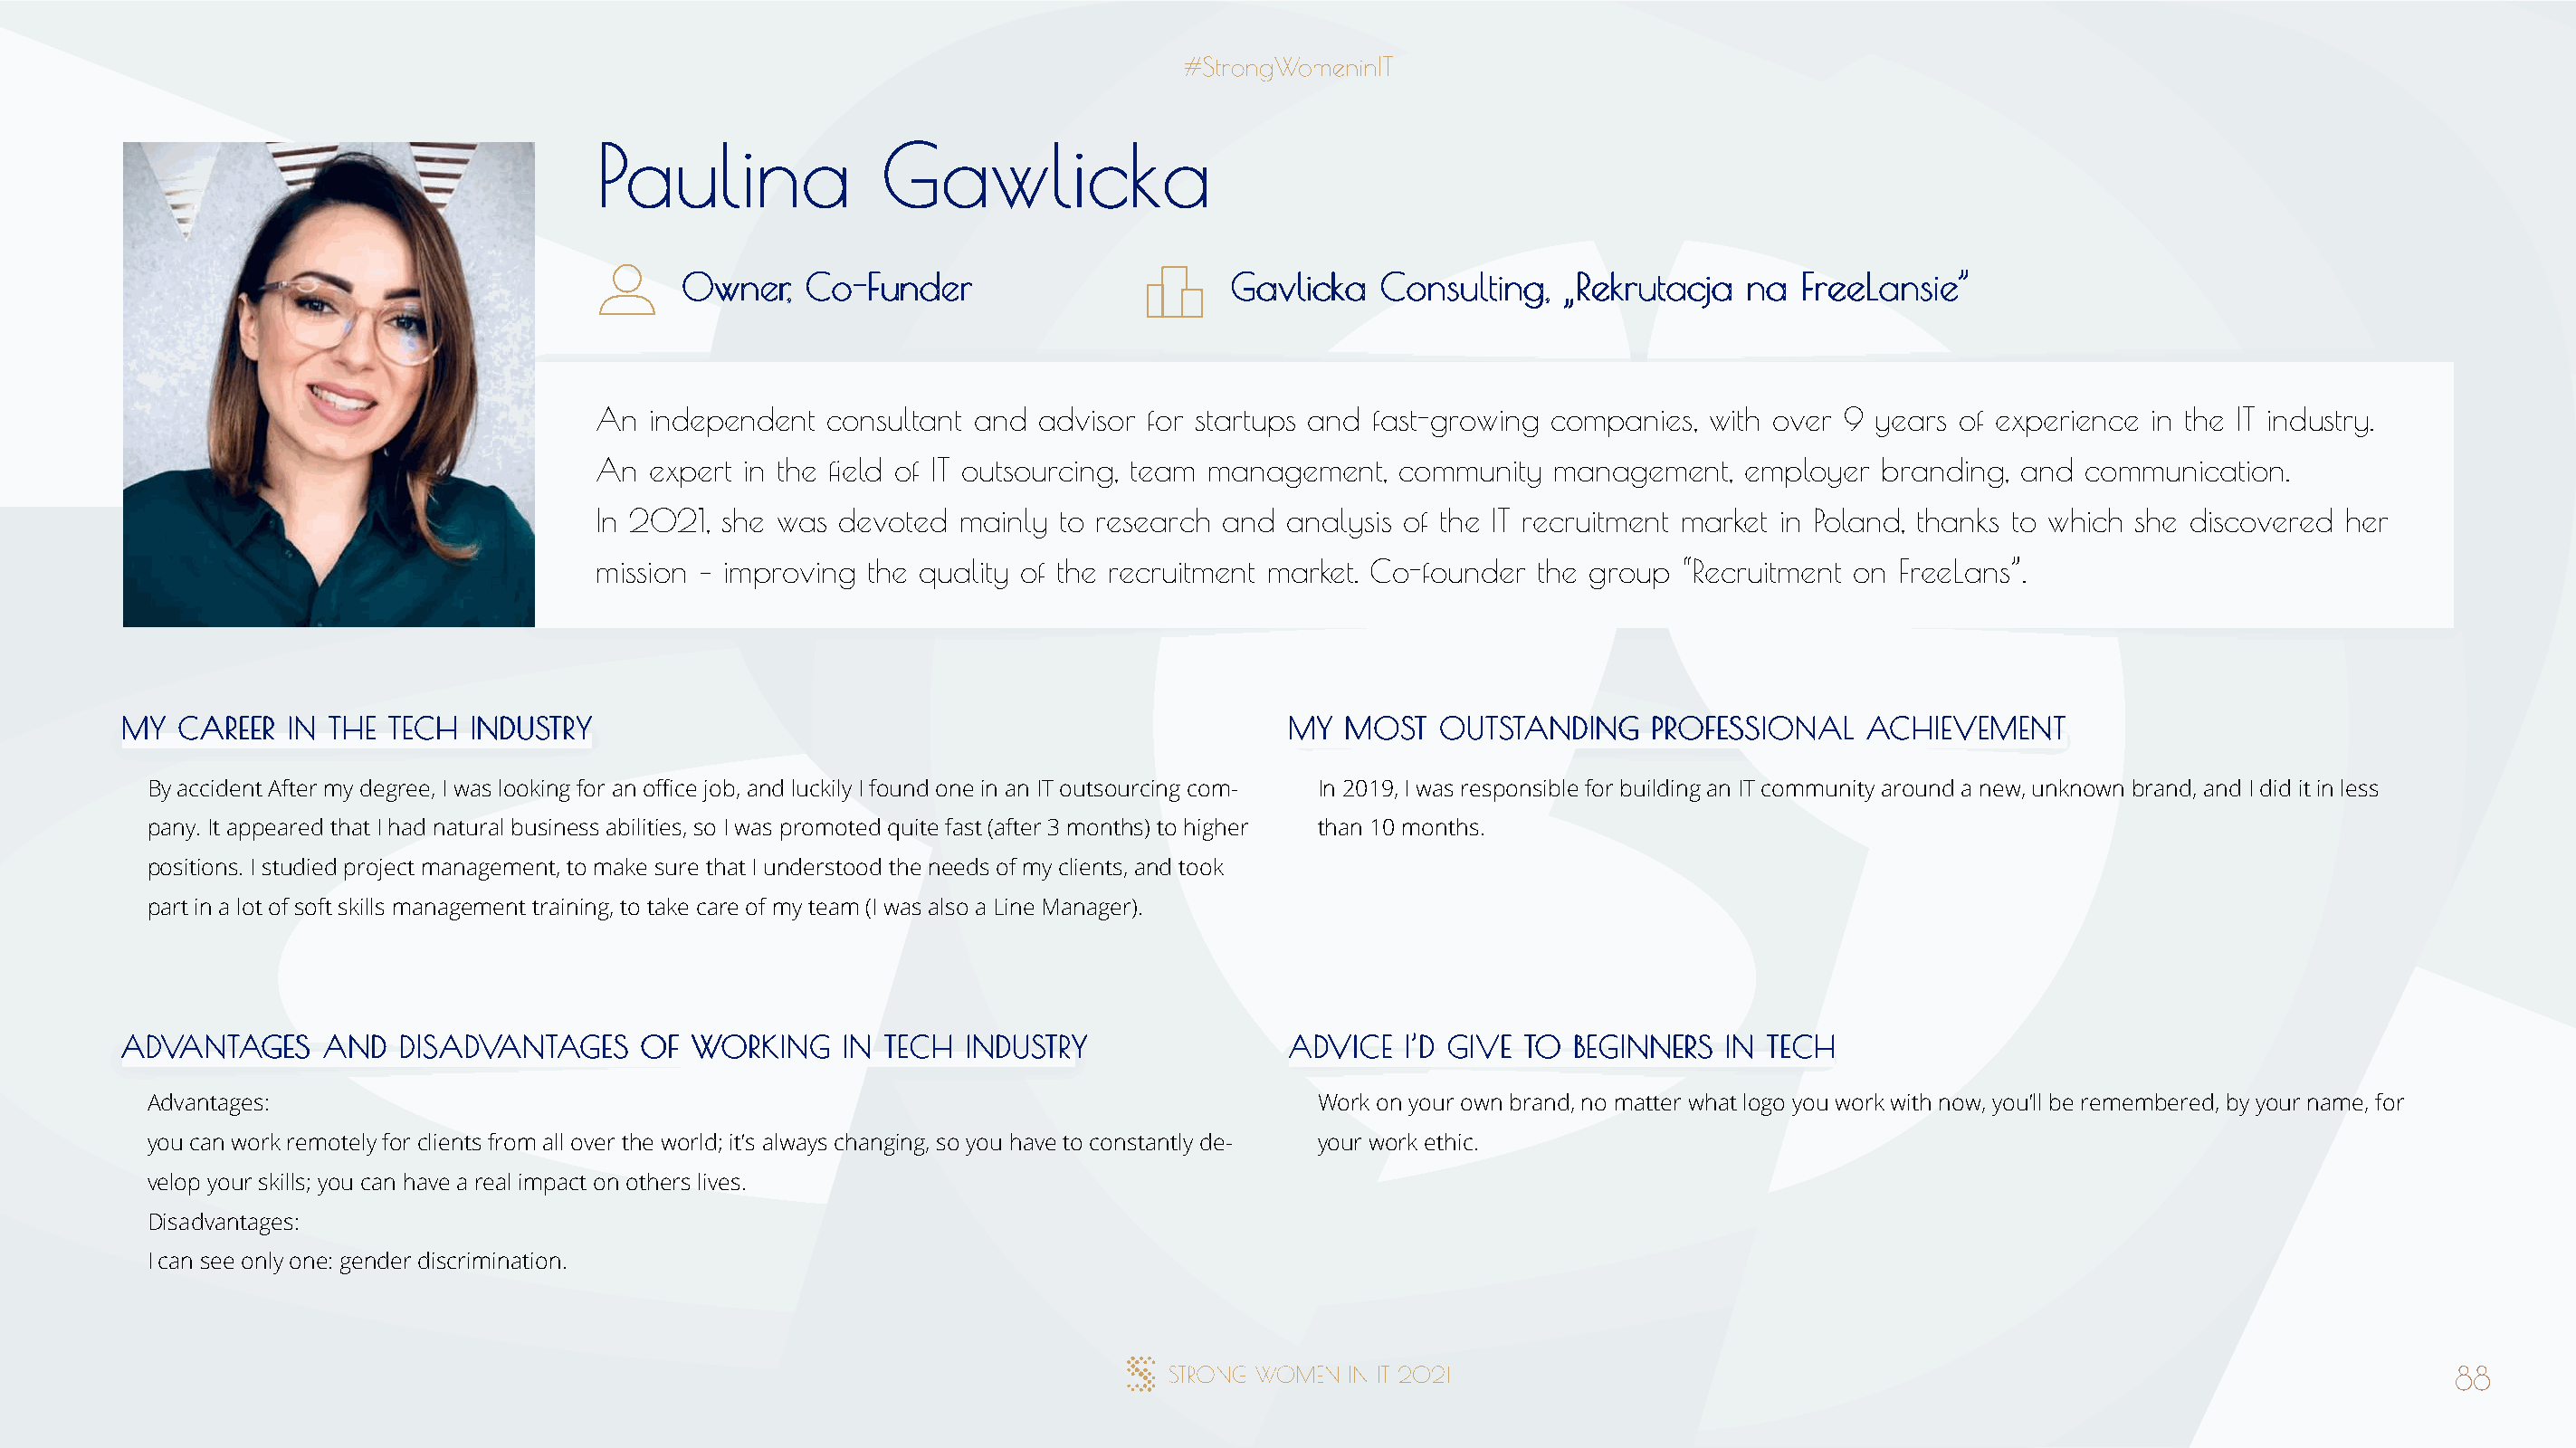
PPaauulliinnaa      GGaawwlliicckkaa
 OOwwnneerr,, CCoo--FFuunnddeerr         GGaavvlliicckkaa CCoonnssuullttiinngg,, „„RReekkrruuttaaccjjaa nnaa FFrreeeeLLaannssiiee””
 An  independent  consultant and advisor for startups and fast-growing companies, with over 9 years of experience in the IT industry.
 An  expert in the field of IT outsourcing, team management, community management,   employer  branding, and communication.
 In 2021, she was devoted  mainly to research and  analysis of the IT recruitment market in Poland, thanks to which she discovered her
 mission – improving the quality of the recruitment market. Co-founder the group “Recruitment on FreeLans”.
 MMYY CCAARREEEERR IINN TTHHEE TTEECCHH IINNDDUUSSTTRRYY                              MMYY MMOOSSTT OOUUTTSSTTAANNDDIINNGG PPRROOFFEESSSSIIOONNAALL AACCHHIIEEVVEEMMEENNTT
 By accident After my degree, I was looking for an office job, and luckily I found one in an IT outsourcing com- In 2019, I was responsible for building an IT community around a new, unknown brand, and I did it in less
 pany. It appeared that I had natural business abilities, so I was promoted quite fast (after 3 months) to higher than 10 months.
 positions. I studied project management, to make sure that I understood the needs of my clients, and took
 part in a lot of soft skills management training, to take care of my team (I was also a Line Manager).
 AADDVVAANNTTAAGGEESS AANNDD DDIISSAADDVVAANNTTAAGGEESS OOFF WWOORRKKIINNGG IINN TTEECCHH IINNDDUUSSTTRRYY AADDVVIICCEE II’’DD GGIIVVEE TTOO BBEEGGIINNNNEERRSS IINN TTEECCHH
 Advantages:                                                                          Work on your own brand, no matter what logo you work with now, you’ll be remembered, by your name, for
 you can work remotely for clients from all over the world; it’s always changing, so you have to constantly de- your work ethic.
 velop your skills; you can have a real impact on others lives.
 Disadvantages:
 I can see only one: gender discrimination.
 88